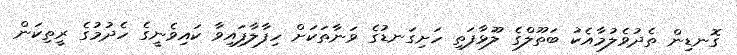
ގޮނޑިން ތެދުވެލުމާއެކު ބަތޫލްގެ ލޫޅާފަތި ހަށިގަނޑުގެ ވަނާތަކަށް ހިފާލާފައިވާ ކައިވެނީގެ ހެދުމުގެ ރީތިކަން